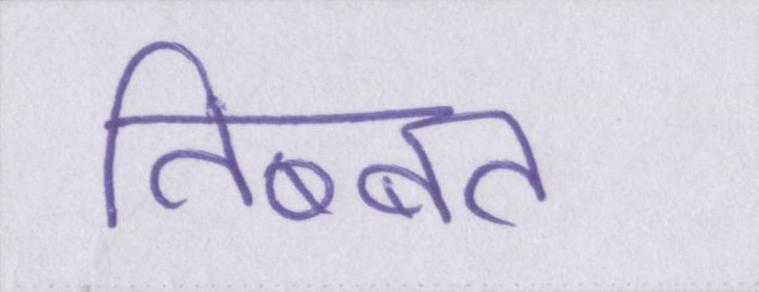
तिब्बत